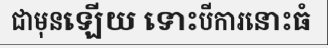
ជាមុនឡើយ ទោះបីការនោះធំ